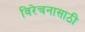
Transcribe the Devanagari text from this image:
विरेचनासाठी